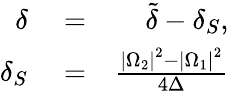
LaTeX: \begin{array}{rlr}{\delta}&{{}=}&{\tilde{\delta}-\delta_{S},}\\ {\delta_{S}}&{{}=}&{\frac{\left\vert\Omega_{2}\right\vert^{2}-\left\vert\Omega_{1}\right\vert^{2}}{4\Delta}}\end{array}